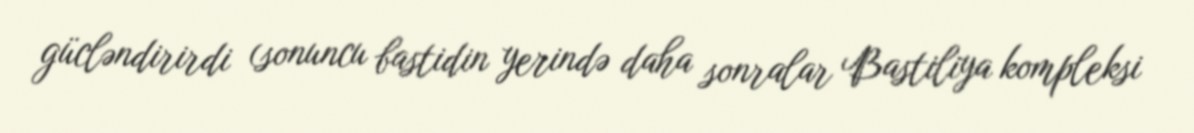
gücləndirirdi (sonuncu bastidin yerində daha sonralar Bastiliya kompleksi